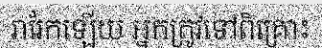
រារែកឡើយ អ្នកត្រូវទៅពិគ្រោះ